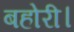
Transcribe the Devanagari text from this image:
बहोरी।